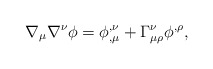
\begin{align*}\nabla _\mu \nabla ^\nu \phi =\phi _{,\mu }^{,\nu }+\Gamma _{\mu \rho }^\nu\phi ^{,\rho },\end{align*}